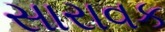
સારાવક